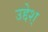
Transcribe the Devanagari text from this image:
उद्देश्